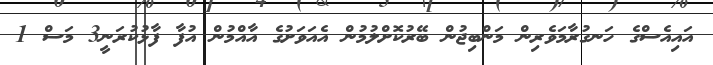
އައިއެސްގެ ހަނގުރާމަވެރިން މަންބިޖުން ބޭރުކޮށްލުމުން އެއަވަށުގެ އާއްމުން އުފާ ފާޅުކުރަނީ3 މަސް 1